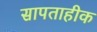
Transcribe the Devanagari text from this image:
सापताहीक